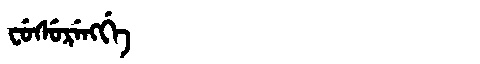
Manchu: ᠸᡠᠰᡠᡵᡝᠩᡤᡝ
Romanization: FUSURENGGE